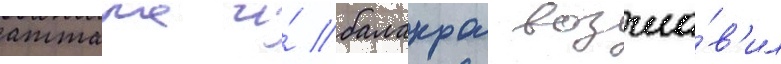
аттала и́ балакра возгла́в'ил